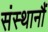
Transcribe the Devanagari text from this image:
संस्थानौं